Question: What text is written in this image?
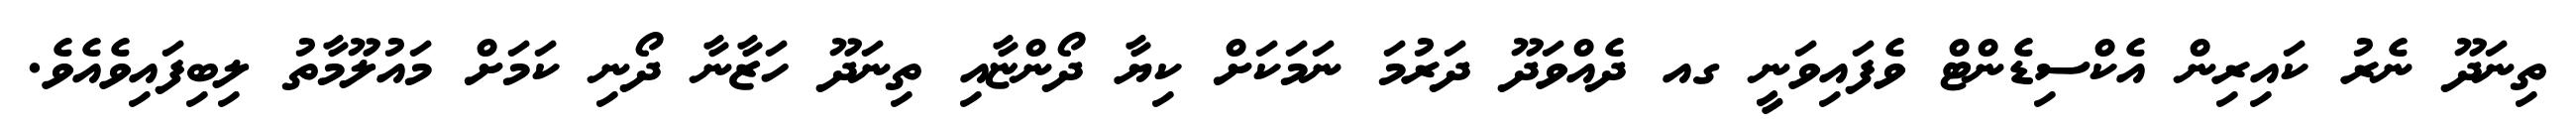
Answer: ތިނަދޫ ނެރު ކައިރިން އެކްސިޑެންޓް ވެފައިވަނީ ގއ ދެއްވަދޫ ދަރުމަ ނަމަކަށް ކިޔާ ދޯންޏާއި ތިނަދޫ ހަޒާނާ ދޯނި ކަމަށް މައުލޫމާތު ލިބިފައިވެއެވެ.